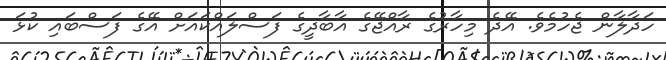
ހަދާލާން ޖެހުމެވެ. އޭދެ މިހާރުގެ ރާއްޖޭގެ އާބާދީގެ ފަސްލައްކައަށް އޭގެ ފަސްބައި ކުޅަ